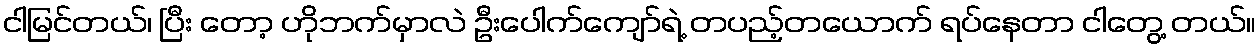
ငါမြင်တယ်၊ ပြီး တော့ ဟိုဘက်မှာလဲ ဦးပေါက်ကျော်ရဲ့ တပည့်တယောက် ရပ်နေတာ ငါတွေ့ တယ်။